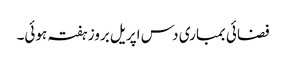
فضائی بمباری دس اپریل بروز ہفتہ ہوئی۔